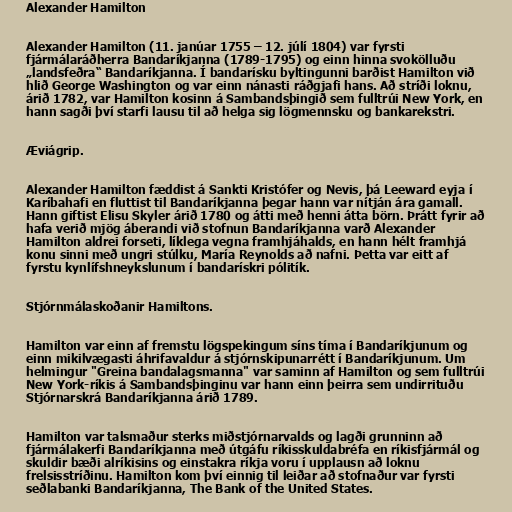
Alexander Hamilton

Alexander Hamilton (11. janúar 1755 – 12. júlí 1804) var fyrsti
fjármálaráðherra Bandaríkjanna (1789-1795) og einn hinna svokölluðu
„landsfeðra“ Bandaríkjanna. Í bandarísku byltingunni barðist Hamilton við
hlið George Washington og var einn nánasti ráðgjafi hans. Að stríði loknu,
árið 1782, var Hamilton kosinn á Sambandsþingið sem fulltrúi New York, en
hann sagði því starfi lausu til að helga sig lögmennsku og bankarekstri.

Æviágrip.

Alexander Hamilton fæddist á Sankti Kristófer og Nevis, þá Leeward eyja í
Karíbahafi en fluttist til Bandaríkjanna þegar hann var nítján ára gamall.
Hann giftist Elisu Skyler árið 1780 og átti með henni átta börn. Þrátt fyrir að
hafa verið mjög áberandi við stofnun Bandaríkjanna varð Alexander
Hamilton aldrei forseti, líklega vegna framhjáhalds, en hann hélt framhjá
konu sinni með ungri stúlku, María Reynolds að nafni. Þetta var eitt af
fyrstu kynlífshneykslunum í bandarískri pólitík.

Stjórnmálaskoðanir Hamiltons.

Hamilton var einn af fremstu lögspekingum síns tíma í Bandaríkjunum og
einn mikilvægasti áhrifavaldur á stjórnskipunarrétt í Bandaríkjunum. Um
helmingur "Greina bandalagsmanna" var saminn af Hamilton og sem fulltrúi
New York-ríkis á Sambandsþinginu var hann einn þeirra sem undirrituðu
Stjórnarskrá Bandaríkjanna árið 1789.

Hamilton var talsmaður sterks miðstjórnarvalds og lagði grunninn að
fjármálakerfi Bandaríkjanna með útgáfu ríkisskuldabréfa en ríkisfjármál og
skuldir bæði alríkisins og einstakra ríkja voru í upplausn að loknu
frelsisstríðinu. Hamilton kom því einnig til leiðar að stofnaður var fyrsti
seðlabanki Bandaríkjanna, The Bank of the United States.